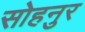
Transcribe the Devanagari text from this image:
सोहनुर